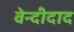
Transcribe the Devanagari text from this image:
वेन्दीदाद